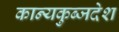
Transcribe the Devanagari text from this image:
कान्यकुब्जदेश